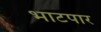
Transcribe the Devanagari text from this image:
भाटपार